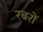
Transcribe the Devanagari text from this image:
रबरों